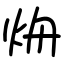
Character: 烐